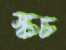
স্কচ